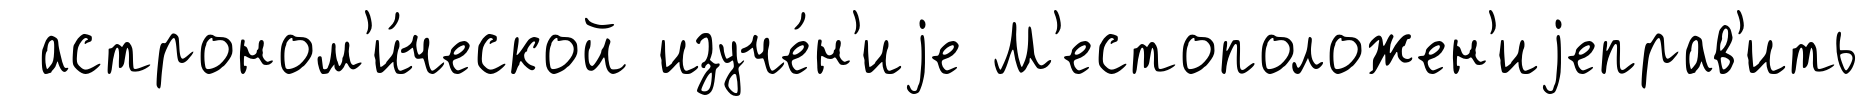
астроном'и́ческой изуче́н'иjе М'естоположен'иjеправ'ить